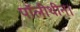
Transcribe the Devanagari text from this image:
पॉलीथीन।